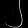
Digit: ၂